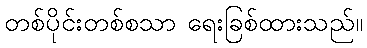
တစ်ပိုင်းတစ်စသာ ရေးခြစ်ထားသည်။